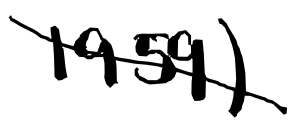
Text: 1959)
Cross-out: mix
Writing tool: digital_black